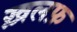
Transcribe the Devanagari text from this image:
ख़लफ़